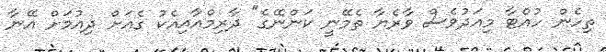
ތިހެން ހުއްޓާ މިއަދުވެސް ވާރެޔާ ތެމޭނީ ކަންނޭގެ" ދާރިމްއާއިއެކު ގެއަށް ދިއުމަށް އޭނާ